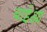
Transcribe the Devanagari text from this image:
बाईआ